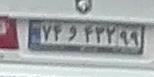
۷۴و۴۳۲۹۹